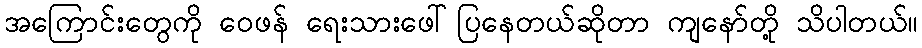
အကြောင်းတွေကို ဝေဖန် ရေးသားဖေါ်ပြနေတယ်ဆိုတာ ကျနော်တို့ သိပါတယ်။